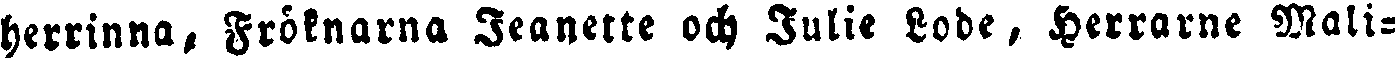
herrinna, Fröknarna Jeanette och Julie Lode, Herrarne Mali-